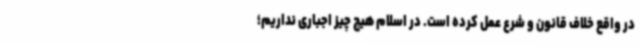
در واقع خلاف قانون و شرع عمل کرده است. در اسلام هیچ چیز اجباری نداریم؛